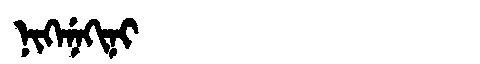
Manchu: ᠨᡳᡴᡝᠨᡝᡴᡳᠨᡳ
Romanization: NIKENEKINI